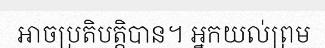
អាចប្រតិបត្តិបាន។ អ្នកយល់ព្រម